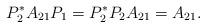
LaTeX: \begin{align*} P_2^*A_{21}P_1 = P_2^*P_2A_{21} = A_{21}. \end{align*}